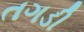
તગડી